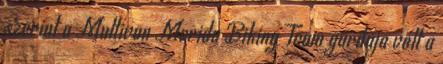
szerint a Multivan Merida Biking Team gárdája volt a